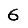
Digit: 6